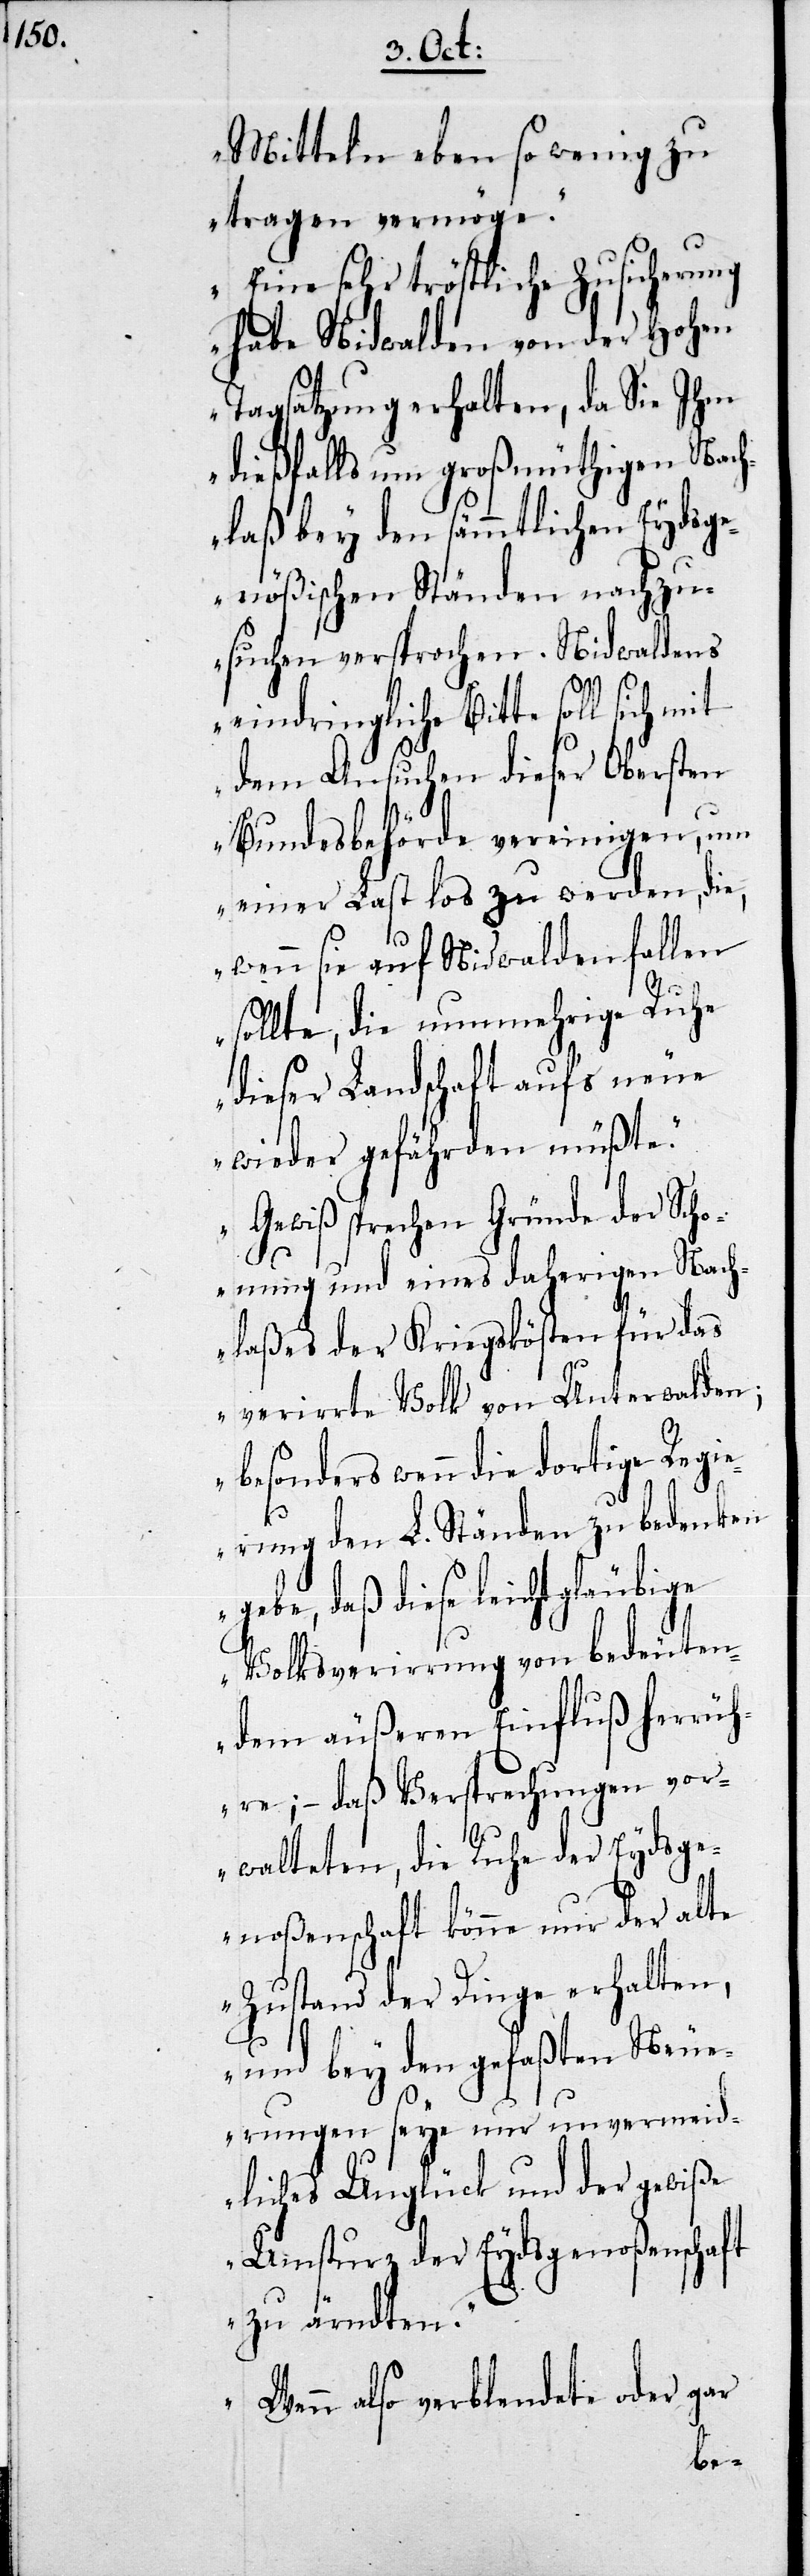
Mitteln eben so wenig zu
tragen vermöge.
Eine sehr tröstliche Zusicherung
habe Nidwalden von der Hohen
Tagsatzung erhalten, da Sie Ihm
dießfalls um großmüthigen Nach¬
laß bey den sämmtlichen Eydsge¬
nößischen Ständen nachzu¬
suchen versprochen. Nidwaldens
eindringliche Bitte soll sich mit
dem Ansuchen dieser Obersten
Bundesbehörde vereinigen, um
einer Last los zu werden, die,
wenn sie auf Nidwalden fallen
sollte, die nunmehrige Ruhe
dieser Landschaft auf’s neue
wieder gefährden müßte.
Gewiß sprechen Gründe der Scho¬
nung und eines daherigen Nach¬
laßes der Kriegskösten für das
verirrte Volk von Unterwalden;
besonders wenn die dortige Regie¬
rung den L. Ständen zu bedenken
gebe, daß diese leichtgläubige
Volksverwirrung von bedeuten¬
dem äußeren Einfluß herrüh¬
re; – daß Versprechungen vor¬
walteten, die Ruhe der Eydsge¬
noßenschaft könne nur der alte
Zustand der Dinge erhalten,
und bey den gefaßten Neue¬
rungen seye nur unvermeid¬
liches Unglück und der gewiße
Umsturz der Eydsgenoßenschaft
zu ärndten.
Wenn also verblendete oder gar